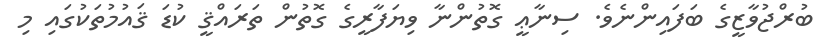
ބުރްޖުވާޒީގެ ބަފައިންނެވެ. ސިނާޢީ ގޮތުންނާ ވިޔަފާރީގެ ގޮތުން ތަރައްޤީ ކުޑަ ޤައުމުތަކުގައި މި